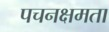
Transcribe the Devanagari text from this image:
पचनक्षमता